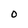
Character: O